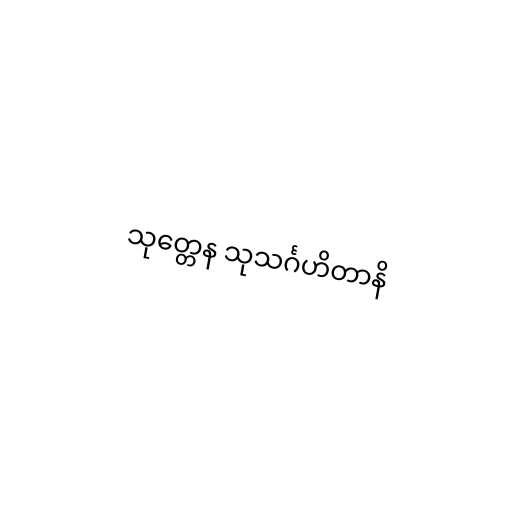
သုတ္တေန သုသင်္ဂဟိတာနိ